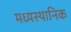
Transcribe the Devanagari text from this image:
मध्यस्थानिक